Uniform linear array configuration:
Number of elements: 12
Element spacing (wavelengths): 0.75
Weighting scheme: kaiser
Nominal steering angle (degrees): -45
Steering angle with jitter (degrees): -46.781
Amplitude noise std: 0.05
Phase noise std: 0.05

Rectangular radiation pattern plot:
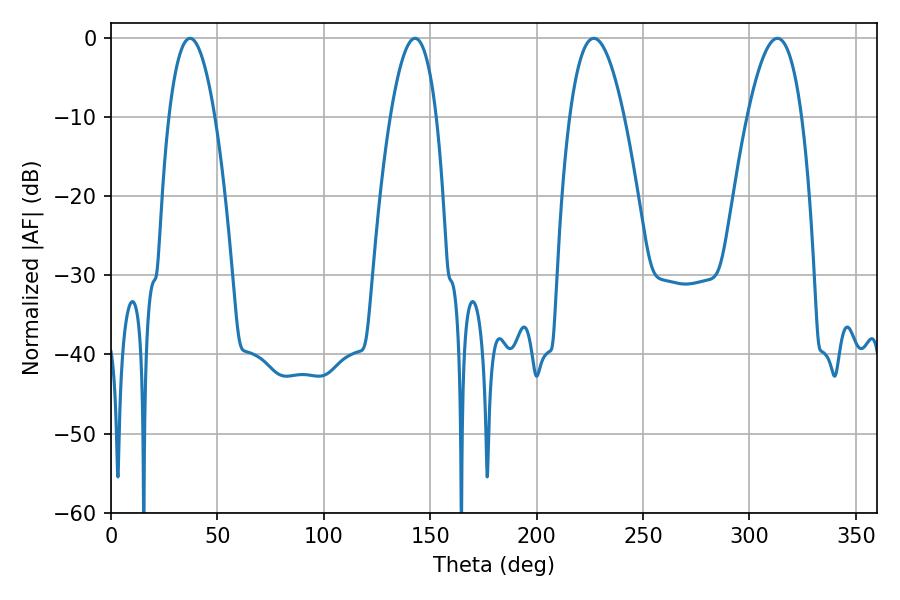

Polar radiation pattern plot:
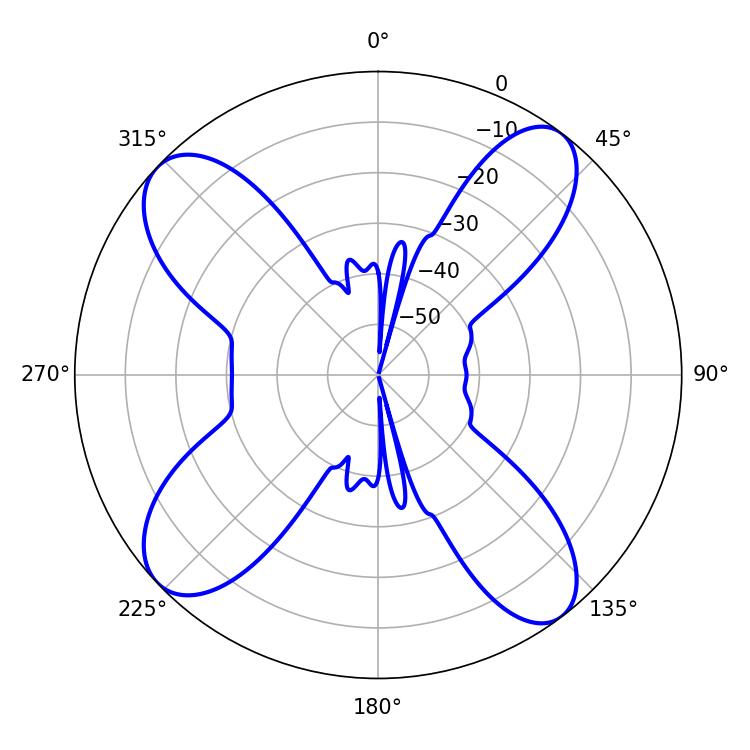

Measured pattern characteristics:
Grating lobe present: TRUE
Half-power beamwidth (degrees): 14.04
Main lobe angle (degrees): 226.8